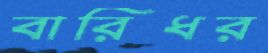
বারিধর